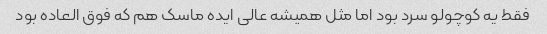
فقط یه کوچولو سرد بود اما مثل همیشه عالی ایده ماسک هم که فوق العاده بود